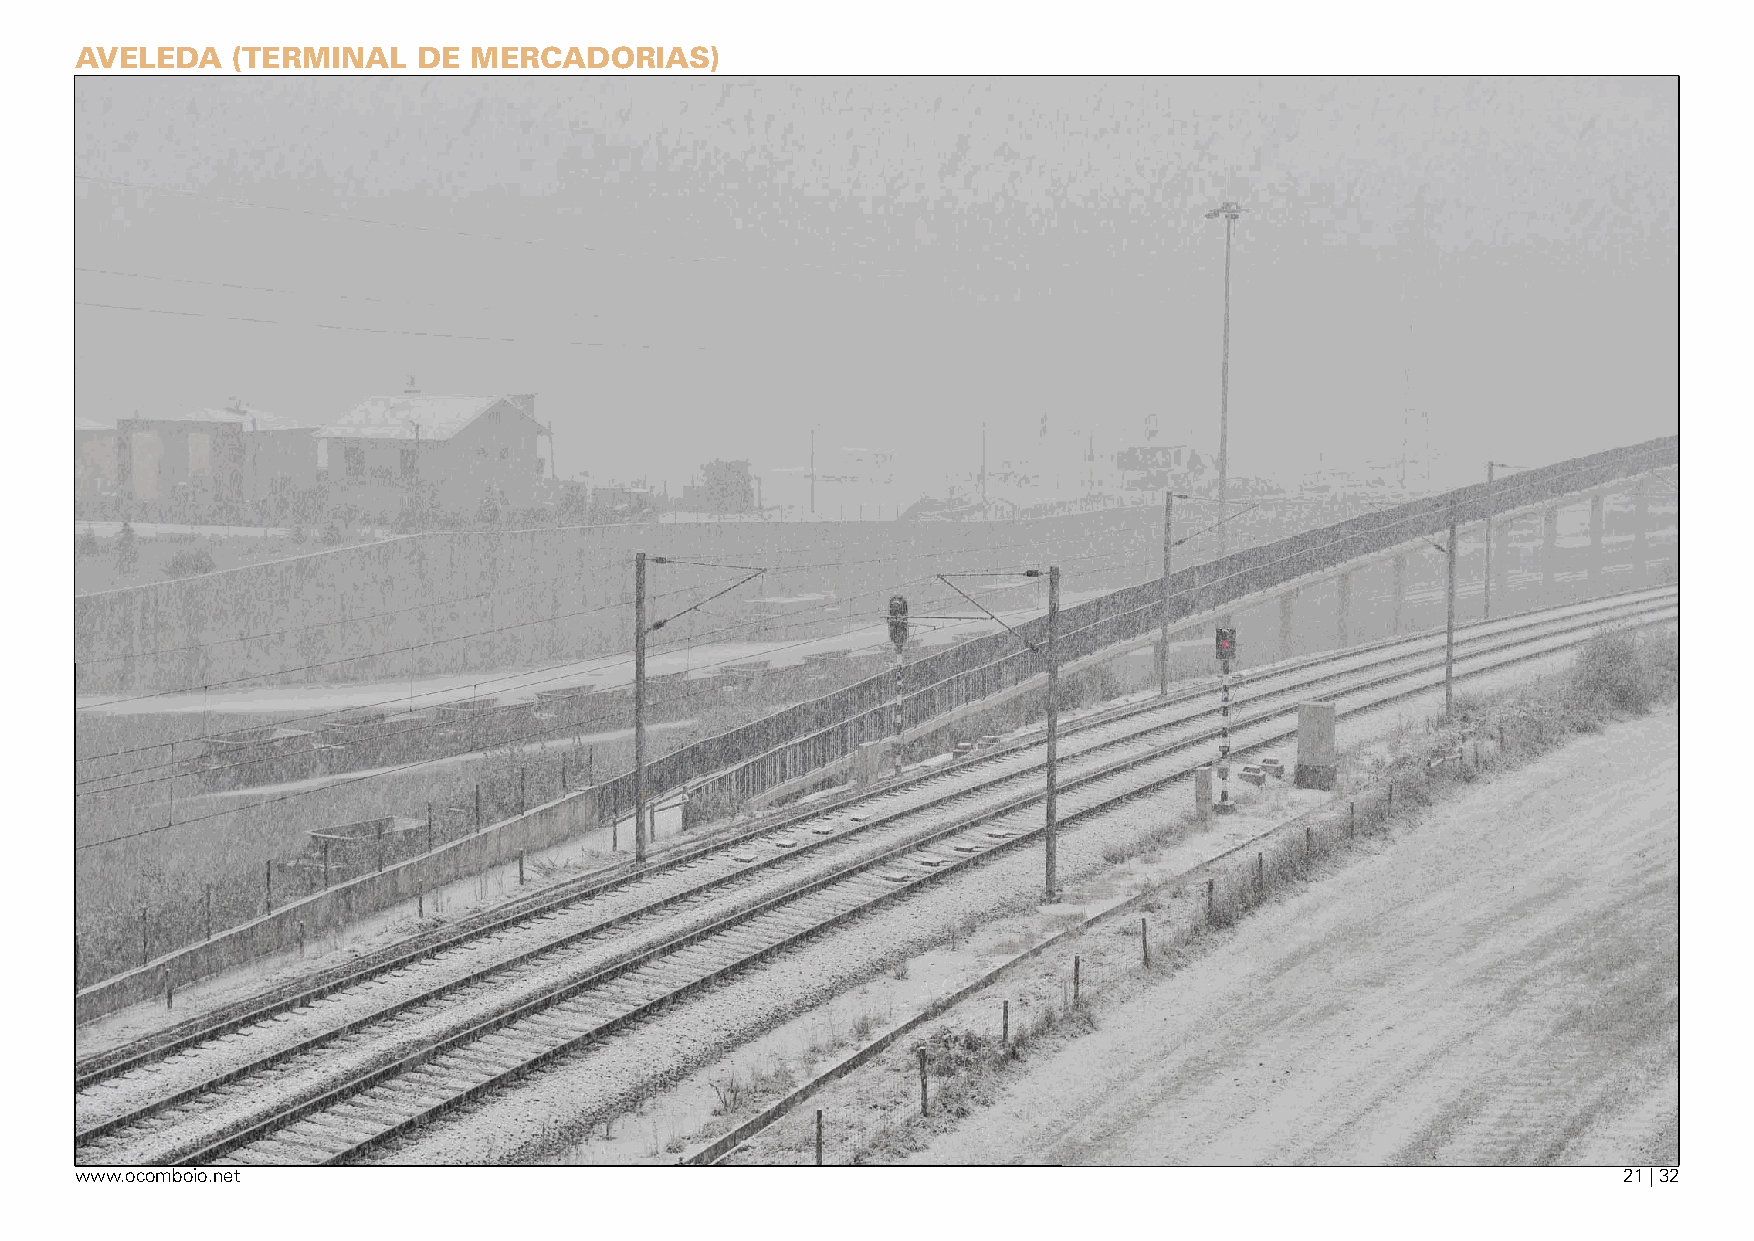
aveleda   (terminal    de merCadOrias)
 www.ocomboio.net                                                                                      21 | 32